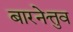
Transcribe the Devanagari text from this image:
बारनेत्तुव